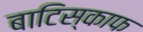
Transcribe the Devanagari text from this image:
बाटिस्काफ